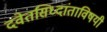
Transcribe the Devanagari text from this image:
दवेतसिध्दांताविषयी